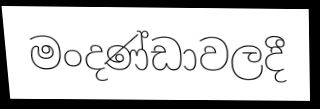
මංදණ්ඩාවලදී